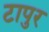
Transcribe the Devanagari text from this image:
टापुर